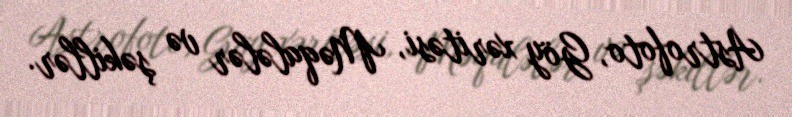
Astrofoto, Göy xəritəsi, Məqalələr və şəkillər.